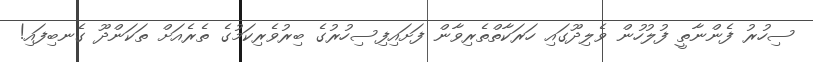
ސިހުރު ފެންނާތީ ފުލުހުން ވެލިދޫގައި ހަރަކާތްތެރިވާން ފަށައިފިސިހުރުގެ ބިރުވެރިކަމުގެ ތެރެއަށް ތަކަންދޫ ގެނބިފައި!